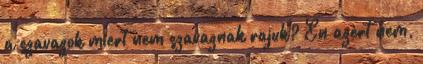
a szavazok miert nem szavaznak rajuk? En azert nem,